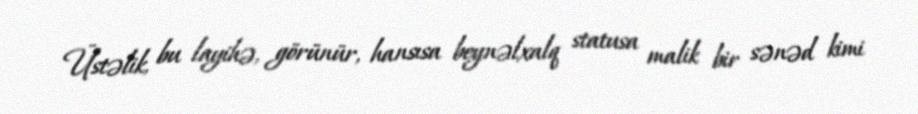
Üstəlik, bu layihə, görünür, hansısa beynəlxalq statusa malik bir sənəd kimi